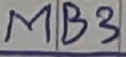
Text: MB3